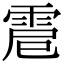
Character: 𩂵